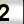
Digit: 2